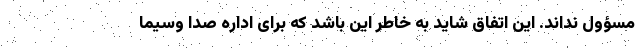
مسؤول نداند. این اتفاق شاید به خاطر این باشد که برای اداره صدا وسیما